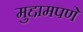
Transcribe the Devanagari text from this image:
मुद्दामपणे